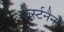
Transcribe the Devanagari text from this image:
फर्स्टनैनो